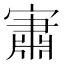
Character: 𱚕